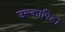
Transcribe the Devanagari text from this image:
उल्कापिडों